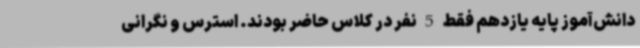
دانش‌آموز پایه یازدهم فقط 5 نفر در کلاس حاضر بودند. استرس و نگرانی